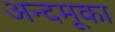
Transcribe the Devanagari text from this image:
अन्दमूका